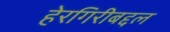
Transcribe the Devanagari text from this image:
हेरगिरीबद्दल